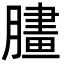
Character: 䐸